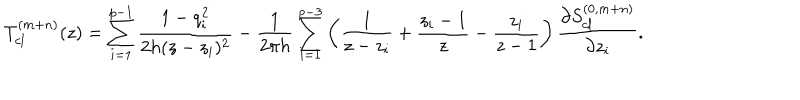
T _ { c l } ^ { ( m + n ) } ( z ) = \sum _ { i = 1 } ^ { p - 1 } { \frac { 1 - q _ { i } ^ { 2 } } { 2 h ( z - z _ { i } ) ^ { 2 } } } - { \frac { 1 } { 2 \pi h } } \sum _ { i = 1 } ^ { p - 3 } \left( { \frac { 1 } { z - z _ { i } } } + { \frac { z _ { i } - 1 } { z } } - { \frac { z _ { i } } { z - 1 } } \right) { \frac { \partial S _ { c l } ^ { ( 0 , m + n ) } } { \partial z _ { i } } } .